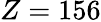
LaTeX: Z=156